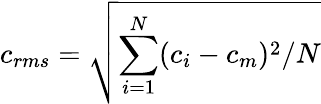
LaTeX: c_{rms}=\sqrt{\sum_{i=1}^{N}(c_{i}-c_{m})^{2}/N}